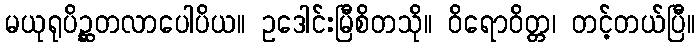
မယုရုပိဉ္ဆတလာပေါပိယ။ ဥဒေါင်းမြီစိတသို။ ဝိရောဝိတ္တ၊ တင့်တယ်ပြီ။